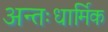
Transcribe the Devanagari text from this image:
अन्तःधार्मिक